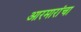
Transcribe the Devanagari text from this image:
आरमारांचा